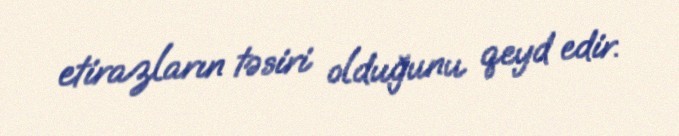
etirazların təsiri olduğunu qeyd edir.